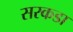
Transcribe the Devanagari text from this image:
सरकडा